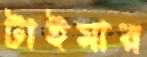
টাইমার